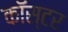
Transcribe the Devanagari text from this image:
कॉस्टर